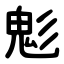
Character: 鬽